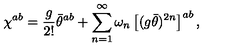
\chi ^ { a b } = \frac { g } { 2 ! } \bar { \theta } ^ { a b } + \sum _ { n = 1 } ^ { \infty } \omega _ { n } \left[ ( g \bar { \theta } ) ^ { 2 n } \right] ^ { a b } ,